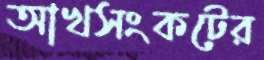
আখসংকটের